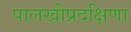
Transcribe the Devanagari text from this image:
पालखीप्रदक्षिणा